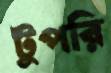
টুপরি